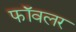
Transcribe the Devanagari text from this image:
फॉवलर